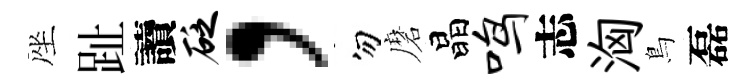
座趾讀砭，勿磨晶鸣志洶鳥磊